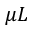
\mu L